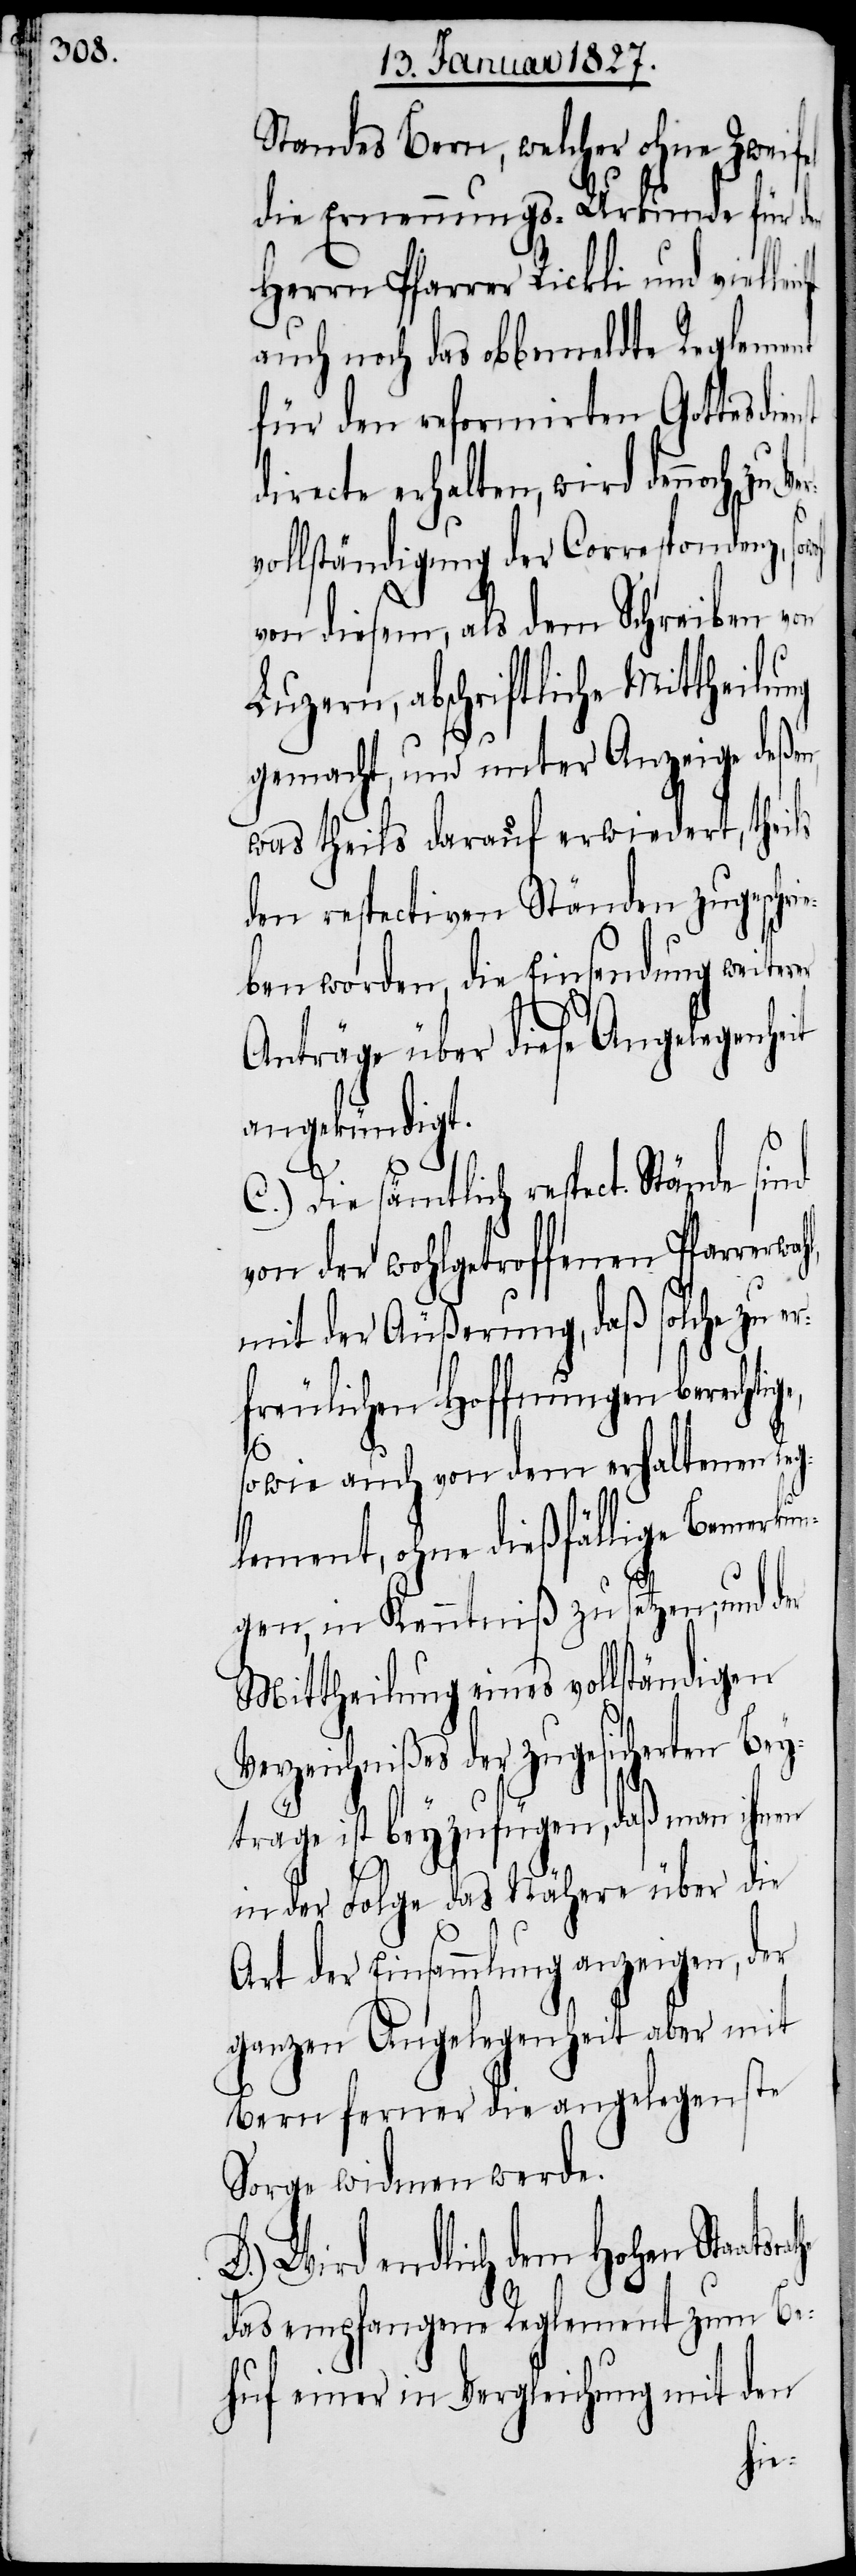
Standes Bern, welcher ohne Zweif¬
die Ernennungs-Urkunde für den
Herrn Pfarrer Rickli und viel¬
auch noch das obbemeldte Reglement
für den reformirten Gottesd¬
recte erhalten, wird dennoch zu
vollständigung der Correspondenz,
von diesem, als dem Schreiben von
Luzern, abschriftliche Mittheilu¬
gemacht, und unter Anzeige deßen,
was theils darauf erwiedert, theils
den respectiven Ständen zugeschri¬
eben worden, die Einsendung weiter¬
Anträge über diese Angelegenhe¬
angekündigt.
r¬
C.) Die sämtlich respect. Stände sind
von der wohlgetroffenen Pfarrerw¬
mit der Äußerung, daß solche zu e¬
freulichen Hoffnungen berecht¬
sowie auch von dem erhaltenen Reg¬
lement, ohne dießfällige Bemerku¬
ngen, in Kenntniß zu setzen; und der
Mittheilung eines vollständigen
Verzeichnißes der zugesicherten Bey¬
träge ist beyzufügen, daß man ihnen
in der Folge das Nähere über die
Art der Einsammlung anzeigen, der
ganzen Angelegenheit aber mit
Bern ferner die angelegenste
Sorge widmen werde.
D.) Wird endlich dem Hohen Staats¬
das empfangene Reglement zum Be¬
huf einer in Vergleichung mit den
he